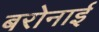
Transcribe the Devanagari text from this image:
बरोनाई